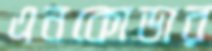
এনকোডার